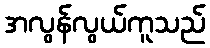
အလွန်လွယ်ကူသည်